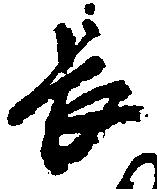
長